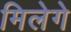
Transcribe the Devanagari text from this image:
मिलेगे